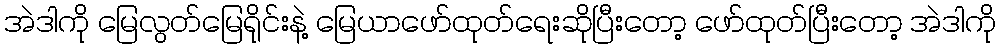
အဲဒါကို မြေလွတ်မြေရိုင်းနဲ့ မြေယာဖော်ထုတ်ရေးဆိုပြီးတော့ ဖော်ထုတ်ပြီးတော့ အဲဒါကို